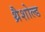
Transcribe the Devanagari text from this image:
थ्रैशोल्ड